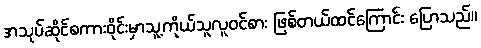
အသုပ်ဆိုင်စကားဝိုင်းမှာသူ့ကိုယ်သူလူဝင်စား ဖြစ်တယ်ထင်ကြောင်း ပြောသည်။